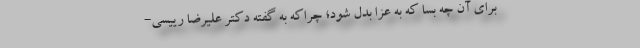
برای آن چه بسا که به عزا بدل شود؛ چراکه به گفته دکتر علیرضا رییسی-